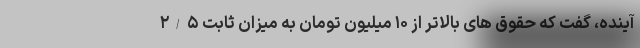
آینده، گفت که حقوق های بالاتر از ۱۰ میلیون تومان به میزان ثابت ۲/۵